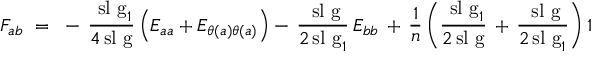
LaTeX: F _ { a b } ~ = ~ - \, { \frac { \mathrm { \ s l ~ g } _ { 1 } } { 4 \! \mathrm { \ s l ~ g } } } \left( E _ { a a } + E _ { \theta ( a ) \theta ( a ) } \right) - \, { \frac { \mathrm { \ s l ~ g } } { 2 \! \mathrm { \ s l ~ g } _ { 1 } } } \, E _ { b b } \, + \, { \frac { 1 } { n } } \left( { \frac { \mathrm { \ s l ~ g } _ { 1 } } { 2 \! \mathrm { \ s l ~ g } } } \, + \, { \frac { \mathrm { \ s l ~ g } } { 2 \! \mathrm { \ s l ~ g } _ { 1 } } } \right) 1